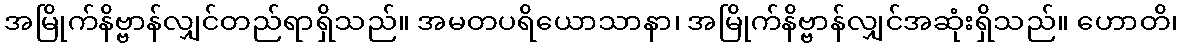
အမြိုက်နိဗ္ဗာန်လျှင်တည်ရာရှိသည်။ အမတပရိယောသာနာ၊ အမြိုက်နိဗ္ဗာန်လျှင်အဆုံးရှိသည်။ ဟောတိ၊